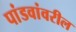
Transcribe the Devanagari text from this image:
पांडवांवरील